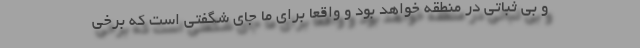
و بی ثباتی در منطقه خواهد بود و واقعا برای ما جای شگفتی است که برخی